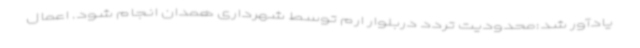
یادآور شد:محدودیت تردد دربلوار ارم توسط شهرداری همدان انجام شود. اعمال